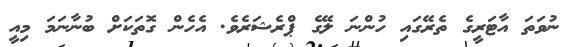
ނުވަތަ އާޓަރީގެ ތެރޭގައި ހުންނަ ލޭގެ ޕްރެޝަރެވެ. އެހެން ގޮތަކަށް ބުނާނަމަ މިއީ